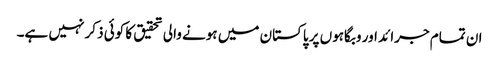
ان تمام جرائد اور وبگاہوں پر پاکستان میں ہونے والی تحقیق کا کوئی ذکر نہیں ہے۔